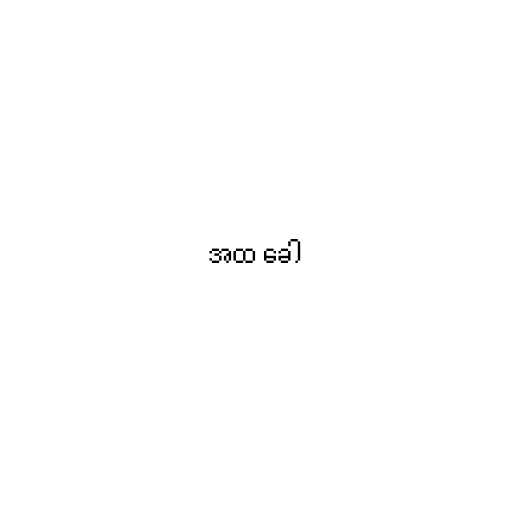
အထ ခေါ